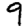
Digit: 9